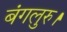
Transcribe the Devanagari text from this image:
बंगलुरु।